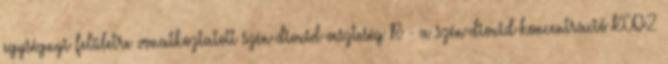
egységnyi felületre vonatkoztatott szén-dioxid-veszteség R - a szén-dioxid-koncentráció KCO2